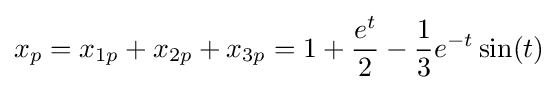
x_{p}=x_{1p}+x_{2p}+x_{3p}=1+{\frac {e^{t}}{2}}-{\frac {1}{3}}e^{-t}\sin(t)